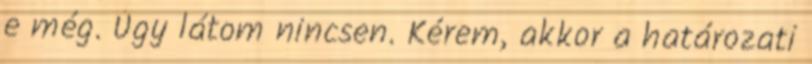
e még. Úgy látom nincsen. Kérem, akkor a határozati